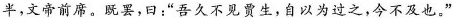
半，文帝前席，既罢，曰：“吾久不复生，自以为过之，今不及也。”